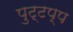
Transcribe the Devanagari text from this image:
पुट्टप्प